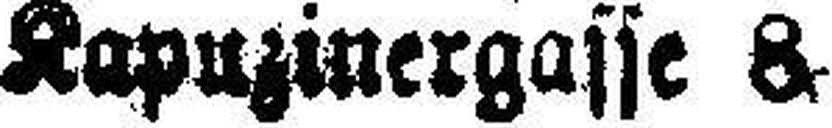
Kapuzinergasse 8.